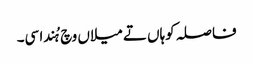
فاصلہ کوہاں تے میلاں وچ ہُندا سی۔